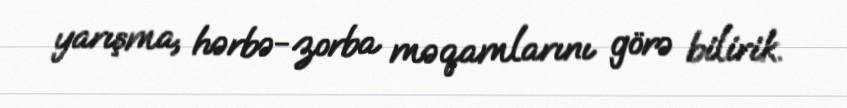
yarışma, hərbə-zorba məqamlarını görə bilirik.